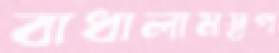
বাধালামস্বপ